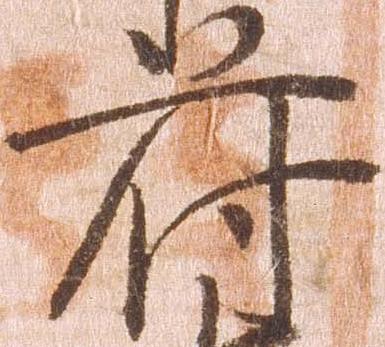
符